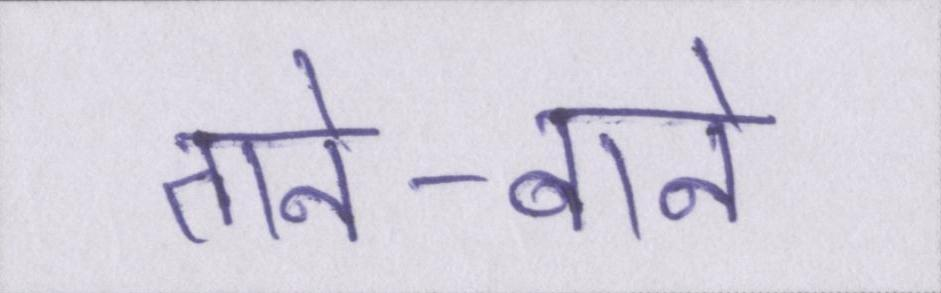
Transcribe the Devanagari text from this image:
ताने-बाने